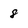
Character: 8